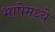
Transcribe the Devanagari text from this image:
भाषेमध्‍ये